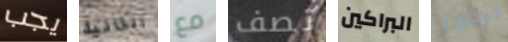
يجب الثانية مع تصف البراكين لينور